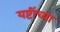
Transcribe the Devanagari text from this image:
यष्टींच्या